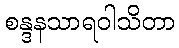
စန္ဒနသာရဝါသိတာ